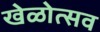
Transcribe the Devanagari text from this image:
खेळोत्सव